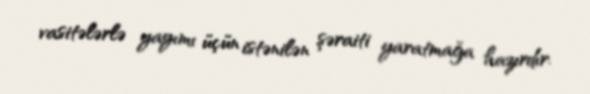
vasitələrlə yayımı üçün istənilən şəraiti yaratmağa hazırdır.